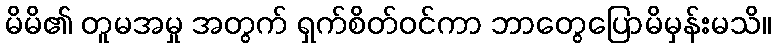
မိမိ၏ တူမအမှု အတွက် ရှက်စိတ်ဝင်ကာ ဘာတွေပြောမိမှန်းမသိ။